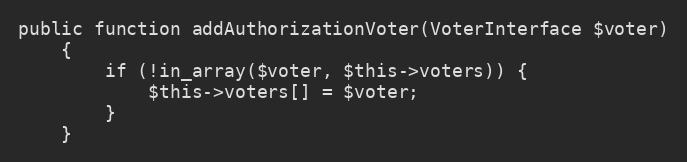
Language: PHP
public function addAuthorizationVoter(VoterInterface $voter)
    {
        if (!in_array($voter, $this->voters)) {
            $this->voters[] = $voter;
        }
    }